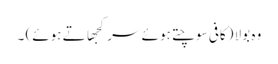
وہ بولا (کافی سوچتے ہوئے سر کجھاتے ہوئے) ۔